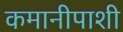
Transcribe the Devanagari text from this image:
कमानीपाशी